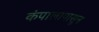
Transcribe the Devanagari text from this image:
कंपालापासून